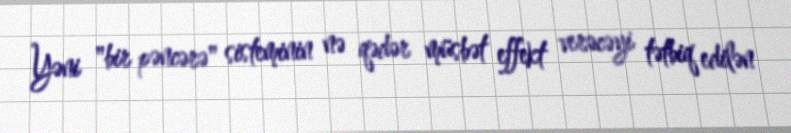
Yəni "bir pəncərə" sisteminin nə qədər müsbət effekt verəcəyi tətbiq edilən